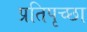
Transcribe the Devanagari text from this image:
प्रतिपृच्छा